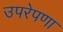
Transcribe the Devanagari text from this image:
उपरेपणा